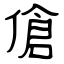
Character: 傖